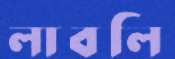
লাবলি